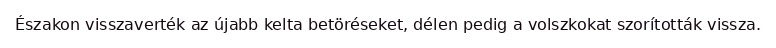
Északon visszaverték az újabb kelta betöréseket, délen pedig a volszkokat szorították vissza.